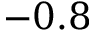
- 0 . 8